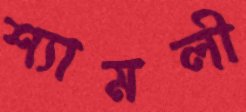
শ্যামলী